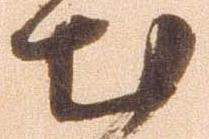
出